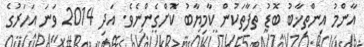
އާންމު އިންތިޚާބު ބޮޑު ތަފާތަކުން ކާމިޔާބު ކޮށްގެންނެވެ. އަދި 2014 ވަނަ އަހަރުގެ